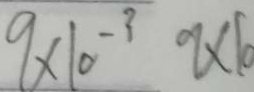
9 \times 1 0 ^ { - 3 } 9 \times 1 0